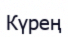
Күрең